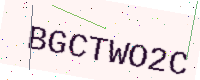
Text: BGCTWO2C